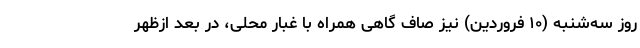
روز سه‌شنبه (۱۰ فروردین) نیز صاف گاهی همراه با غبار محلی، در بعد ازظهر